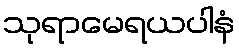
သုရာမေရယပါနံ